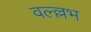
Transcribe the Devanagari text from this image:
वल्ल्लभ